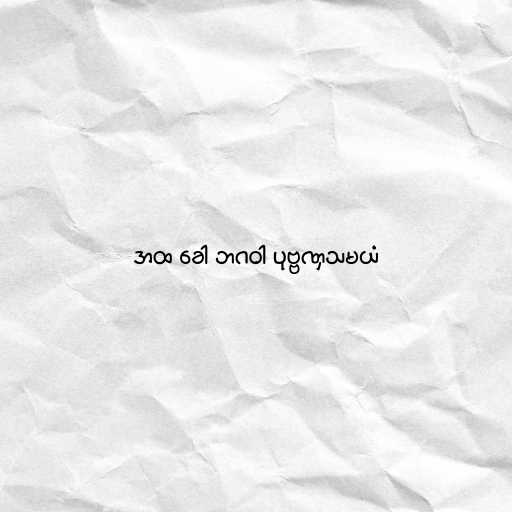
အထ ခေါ ဘဂဝါ ပုဗ္ဗဏှသမယံ